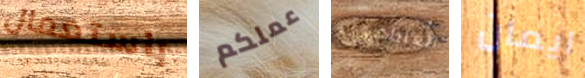
باستعمال عملكم العاطفي ايمان